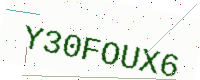
Text: Y30FOUX6